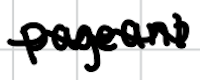
Text: pageant
Cross-out: mix
Writing tool: digital_black